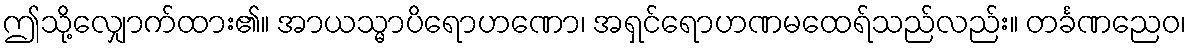
ဤသို့လျှောက်ထား၏။ အာယသ္မာပိရောဟဏော၊ အရှင်ရောဟဏမထေရ်သည်လည်း။ တင်္ခဏညေဝ၊